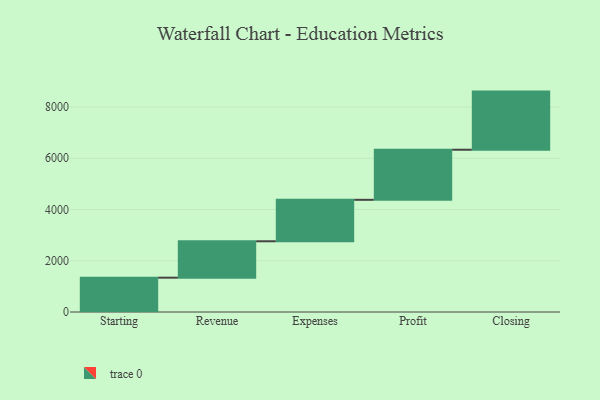
{"axis": {"x": "Step", "y": "Value"}, "legend": [""], "data": [{"x": "Starting", "y": 1340.0, "type": ""}, {"x": "Revenue", "y": 1421.0, "type": ""}, {"x": "Expenses", "y": 1618.0, "type": ""}, {"x": "Profit", "y": 1955.0, "type": ""}, {"x": "Closing", "y": 2269.0, "type": ""}]}